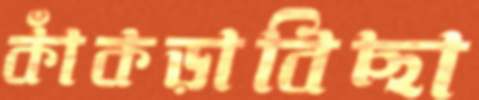
কাঁকড়াবিছা